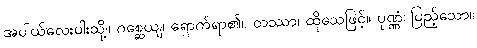
အပါယ်လေးပါးသို့။ ဂစ္ဆေယျ၊ ရောက်ရာ၏။ တဿာ၊ ထိုသေဖြင့်။ ပုဏ္ဏံ၊ ပြည့်သော။